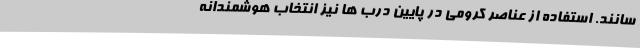
سانند. استفاده از عناصر کرومی در پایین درب ها نیز انتخاب هوشمندانه